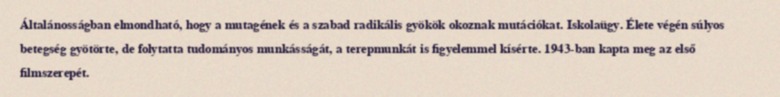
Általánosságban elmondható, hogy a mutagének és a szabad radikális gyökök okoznak mutációkat. Iskolaügy. Élete végén súlyos betegség gyötörte, de folytatta tudományos munkásságát, a terepmunkát is figyelemmel kísérte. 1943-ban kapta meg az első filmszerepét.